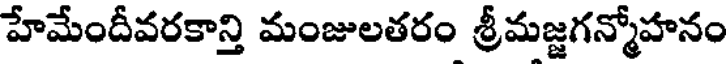
హేమేందీవరకాన్తి మంజులతరం శ్రీమజ్జగన్మోహనం